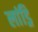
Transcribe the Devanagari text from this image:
लांड्रि